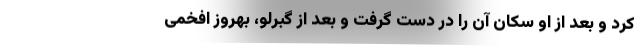
کرد و بعد از او سکان آن را در دست گرفت و بعد از گبرلو، بهروز افخمی